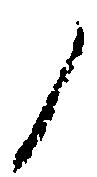
ノ